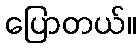
ပြောတယ်။